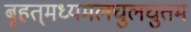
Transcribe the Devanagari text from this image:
बृहत्‌मध्यमलघुलघुतम